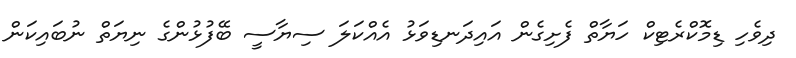
ދިވެހި ޑިމޮކްރެޓިކް ހަޔާތް ފެށިގެން އައިދަނޑިވަޅު އެއްކަލަ ސިޔާސީ ބޭފުޅުންގެ ނިޔަތް ނުބައިކަން